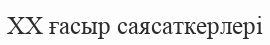
XX ғасыр саясаткерлері